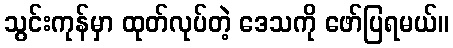
သွင်းကုန်မှာ ထုတ်လုပ်တဲ့ ဒေသကို ဖော်ပြရမယ်။